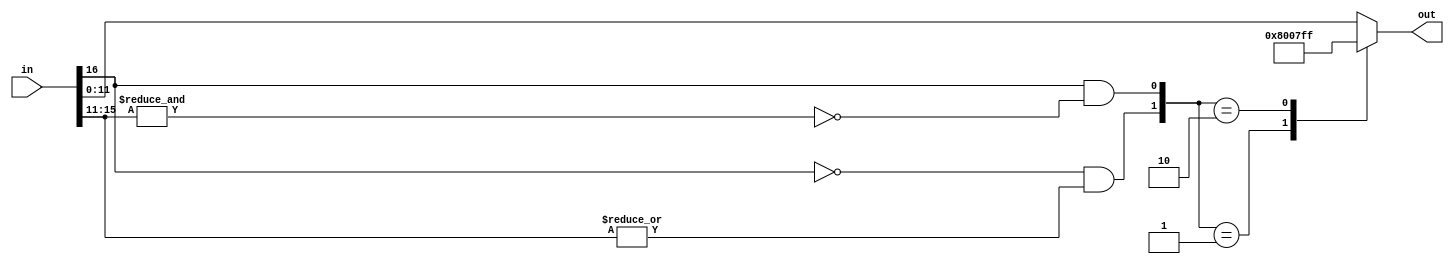
// Eric Brombaugh
module sat(in, out);
   parameter isz = 17;  // input data width
   parameter osz = 12;  // output data width

   input signed [isz-1:0] in;   // input data to be saturated
   output signed [osz-1:0] out; // output data after saturation

   // Check low & high saturation conditions
   wire min =  in[isz-1] & ~&in[isz-2:osz-1];
   wire max = ~in[isz-1] &  |in[isz-2:osz-1];

   reg [osz-1:0] out;

   // select output
   always @(min or max or in)
     case({max,min})
       2'b01:  out = {1'b1,{osz-1{1'b0}}};  // max neg
       2'b10:  out = {1'b0,{osz-1{1'b1}}};  // max pos
       default:  out = in[osz-1:0];         // pass thru
     endcase
endmodule